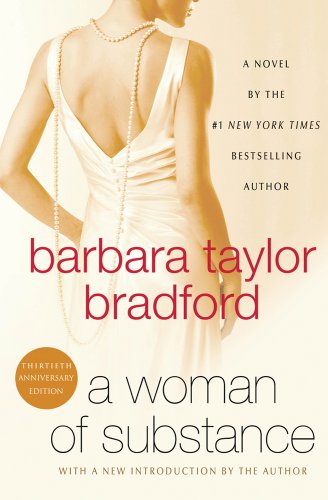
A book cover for A Woman of Substance (Harte Family Saga); Barbara Taylor Bradford; Literature & Fiction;